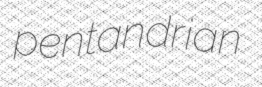
pentandrian